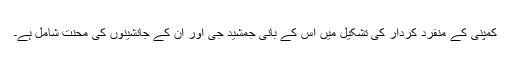
کمپنی کے منفرد کردار کی تشکیل میں اس کے بانی جمشید جی اور ان کے جانشینوں کی محنت شامل ہے۔